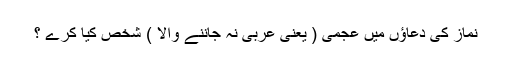
نماز كى دعاؤں ميں عجمى ( يعنى عربى نہ جاننے والا ) شخص كيا كرے ؟